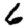
Digit: 6